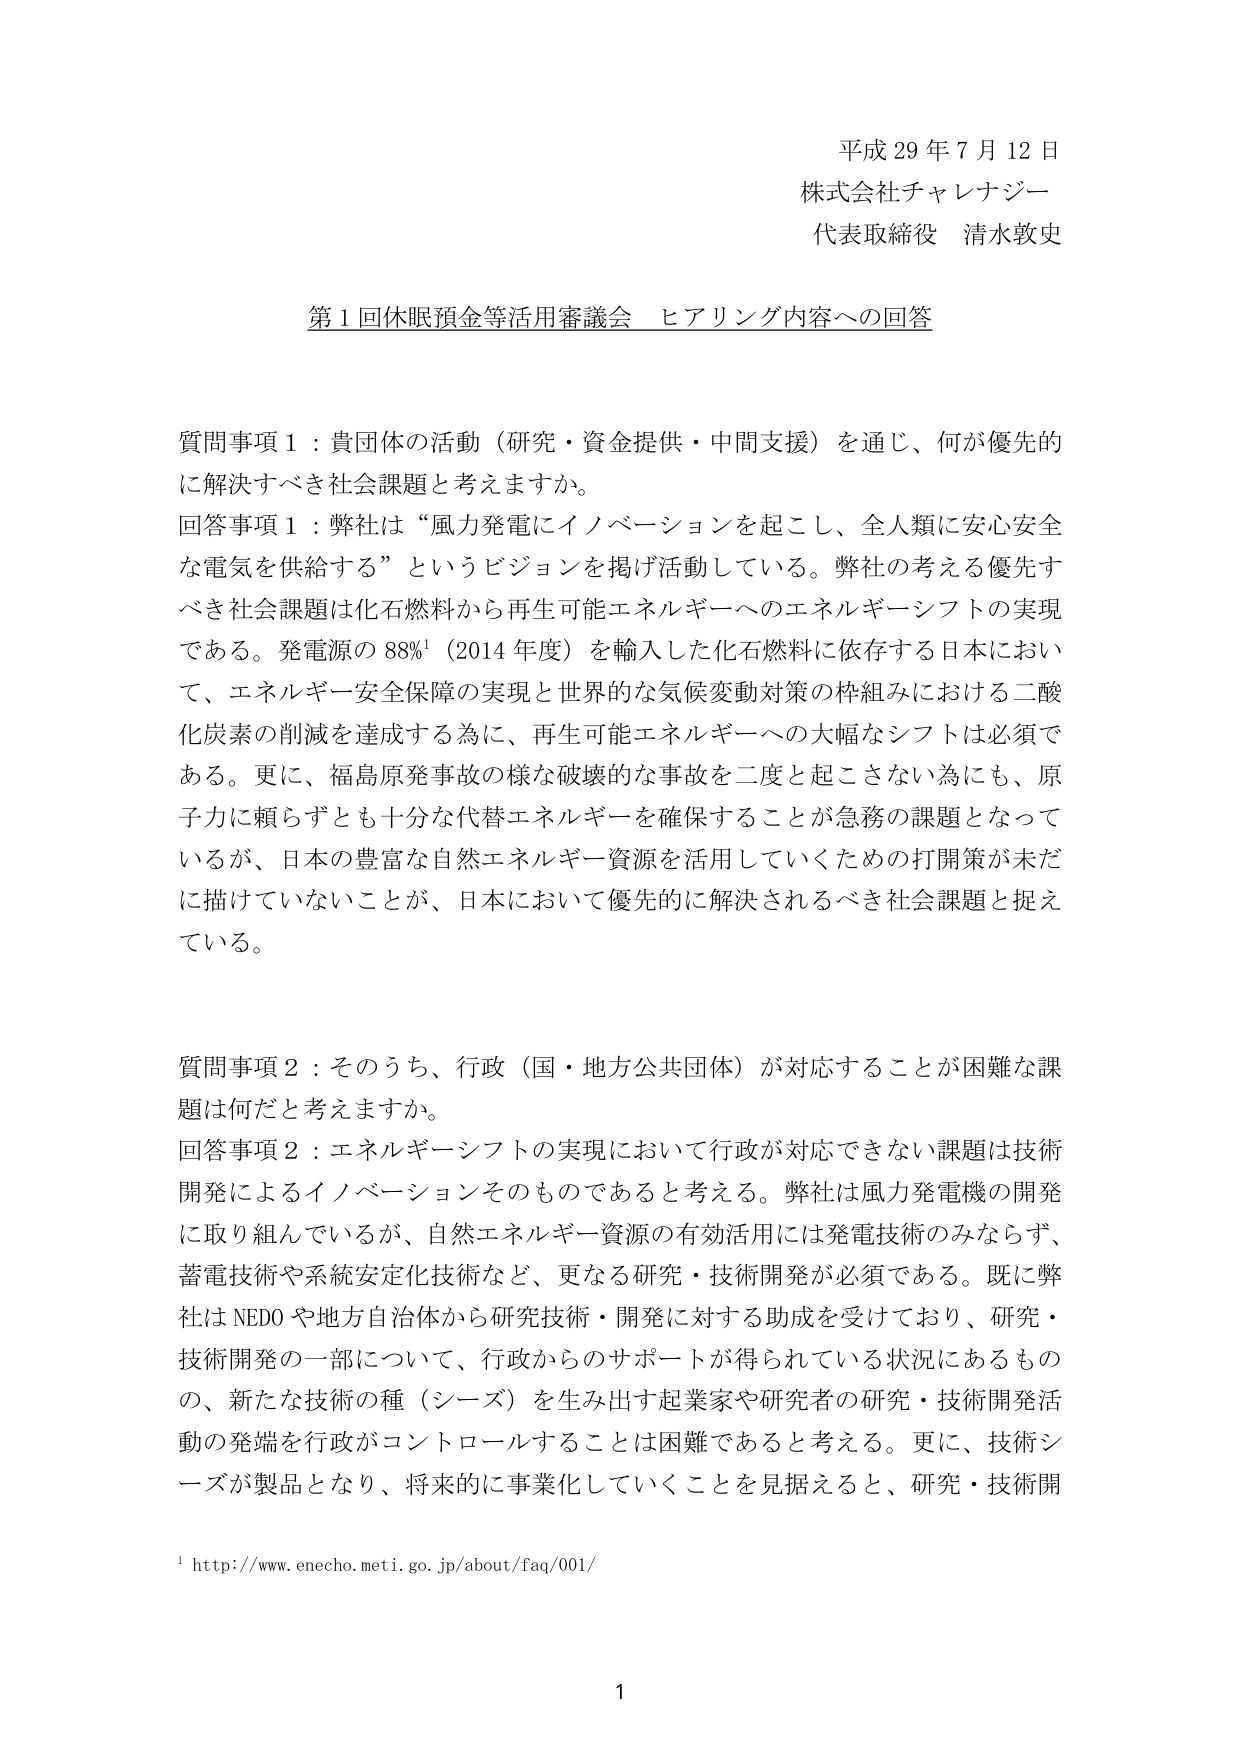
平成29年7月12日
株式会社チャレナジー
代表取締役 清水敦史

第1回休眠預金等活用審議会 ヒアリング内容への回答

質問事項1：貴団体の活動（研究・資金提供・中間支援）を通じ、何が優先的に解決すべき社会課題と考えますか。
回答事項1：弊社は“風力発電にイノベーションを起こし、全人類に安心安全な電気を供給する”というビジョンを掲げ活動している。弊社の考える優先すべき社会課題は化石燃料から再生可能エネルギーへのエネルギーシフトの実現である。発電源の88%¹（2014年度）を輸入した化石燃料に依存する日本において、エネルギー安全保障の実現と世界的な気候変動対策の枠組みにおける二酸化炭素の削減を達成する為に、再生可能エネルギーへの大幅なシフトは必須である。更に、福島原発事故の様な破壊的な事故を二度と起こさない為にも、原子力に頼らずとも十分な代替エネルギーを確保することが急務の課題となっているが、日本の豊富な自然エネルギー資源を活用していくための打開策が未だに描けていないことが、日本において優先的に解決されるべき社会課題と捉えている。

質問事項2：そのうち、行政（国・地方公共団体）が対応することが困難な課題は何だと考えますか。
回答事項2：エネルギーシフトの実現において行政が対応できない課題は技術開発によるイノベーションそのものであると考える。弊社は風力発電機の開発に取り組んでいるが、自然エネルギー資源の有効活用には発電技術のみならず、蓄電技術や系統安定化技術など、更なる研究・技術開発が必須である。既に弊社はNEDOや地方自治体から研究技術・開発に対する助成を受けており、研究・技術開発の一部について、行政からのサポートが得られている状況にあるものの、新たな技術の種（シーズ）を生み出す起業家や研究者の研究・技術開発活動の発端を行政がコントロールすることは困難であると考える。更に、技術シーズが製品となり、将来的に事業化していくことを見据えると、研究・技術開

¹ http://www.enecho.meti.go.jp/about/faq/001/

1